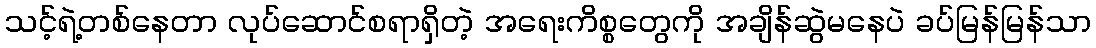
သင့်ရဲ့တစ်နေတာ လုပ်ဆောင်စရာရှိတဲ့ အရေးကိစ္စတွေကို အချိန်ဆွဲမနေပဲ ခပ်မြန်မြန်သာ